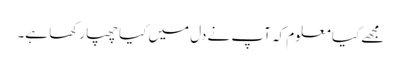
مجھے کیا معلوم کہ آپ نے دل میں کیا چھپا رکھا ہے۔